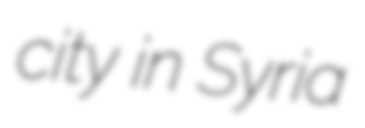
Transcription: city in Syria